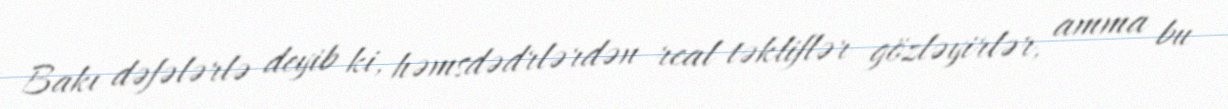
Bakı dəfələrlə deyib ki, həmsdədrlərdən real təkliflər gözləyirlər, amma bu